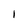
Character: I